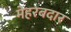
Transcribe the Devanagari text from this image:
मेहरबदार